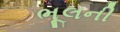
ભૂલની